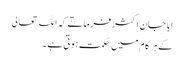
ابا جان اکثر فرماتے کہ اللہ تعالی
کے ہر کام میں حکمت ہوتی ہے ۔